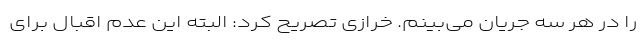
را در هر سه جریان می‌بینم. خرازی تصریح کرد: البته این عدم اقبال برای